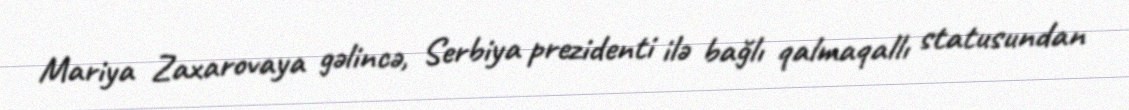
Mariya Zaxarovaya gəlincə, Serbiya prezidenti ilə bağlı qalmaqallı statusundan